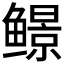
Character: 𬶱